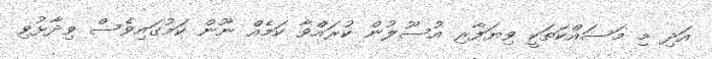
އަދި މި މަސައްކަތަކީ ވިޔަފާރި އުސޫލުން ކުރައްވާ ކަމެއް ނޫން ކަމުގައިވެސް ވިދާޅުވި